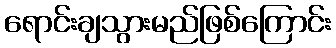
ရောင်းချသွားမည်ဖြစ်ကြောင်း